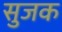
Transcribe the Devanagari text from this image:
सुजक